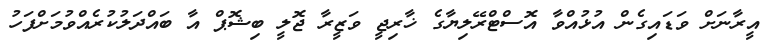
އީރާނަށް ވަޑައިގެން އުޅުއްވާ އޮސްޓްރޭލިޔާގެ ޚާރިޖީ ވަޒީރާ ޖޮލީ ބިޝޮޕް އާ ބައްދަލުކުރެއްވުމަށްފަހު